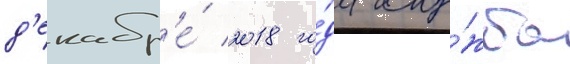
д'екабр'е́ 2018 го́да слу́жба